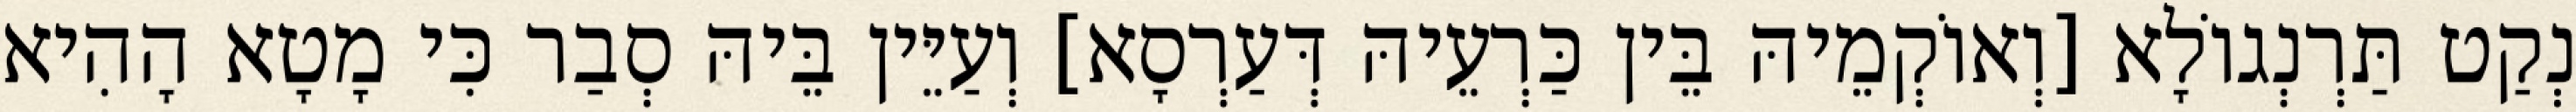
נְקַט תַּרְנְגוֹלָא [וְאוֹקְמֵיהּ בֵּין כַּרְעֵיהּ דְּעַרְסָא] וְעַיֵּין בֵּיהּ סְבַר כִּי מָטָא הָהִיא